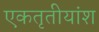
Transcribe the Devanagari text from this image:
एकतृतीयांश